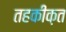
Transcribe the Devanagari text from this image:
तहकीक़त